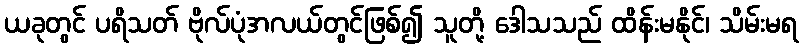
ယခုတွင် ပရိသတ် ဗိုလ်ပုံအလယ်တွင်ဖြစ်၍ သူတို့ ဒေါသသည် ထိန်းမနိုင်၊ သိမ်းမရ